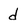
Character: d